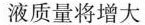
液质量将增大